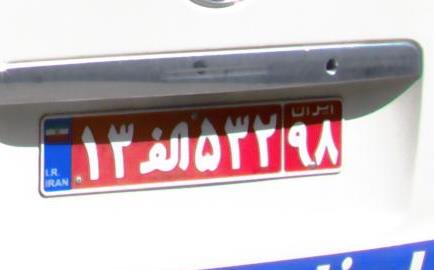
۱۳ا۵۳۲۹۸